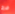
فرج